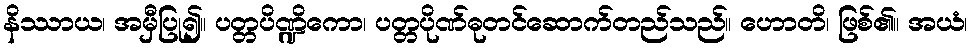
နိဿာယ၊ အမှီပြု၍။ ပတ္တပိဏ္ဍိကော၊ ပတ္တပိုဏ်ဓုတင်ဆောက်တည်သည်။ ဟောတိ၊ ဖြစ်၏။ အယံ၊